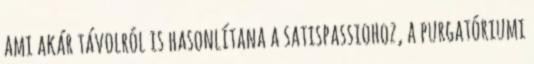
ami akár távolról is hasonlítana a satispassiohoz, a purgatóriumi